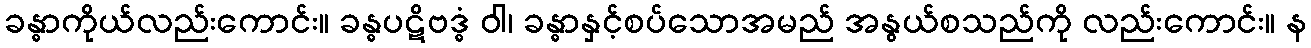
ခန္ဓာကိုယ်လည်းကောင်း။ ခန္ဓပဋိဗဒ္ဓံ ဝါ၊ ခန္ဓာနှင့်စပ်သောအမည် အနွယ်စသည်ကို လည်းကောင်း။ န